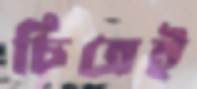
চিত্রেই